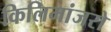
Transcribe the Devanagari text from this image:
किलिमांजरो